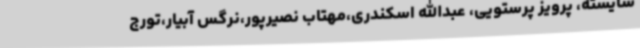
شایسته، پرویز پرستویی، عبدالله اسکندری،مهتاب نصیرپور،نرگس آبیار،تورج